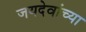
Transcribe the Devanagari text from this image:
जयदेवांच्या